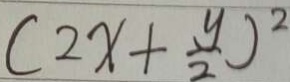
( 2 x + \frac { y } { 2 } ) ^ { 2 }